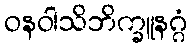
ဝနဝါသိဘိက္ခူနဂ္ဂံ